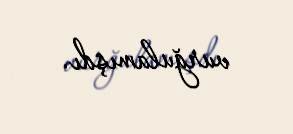
vurğulamışdı.